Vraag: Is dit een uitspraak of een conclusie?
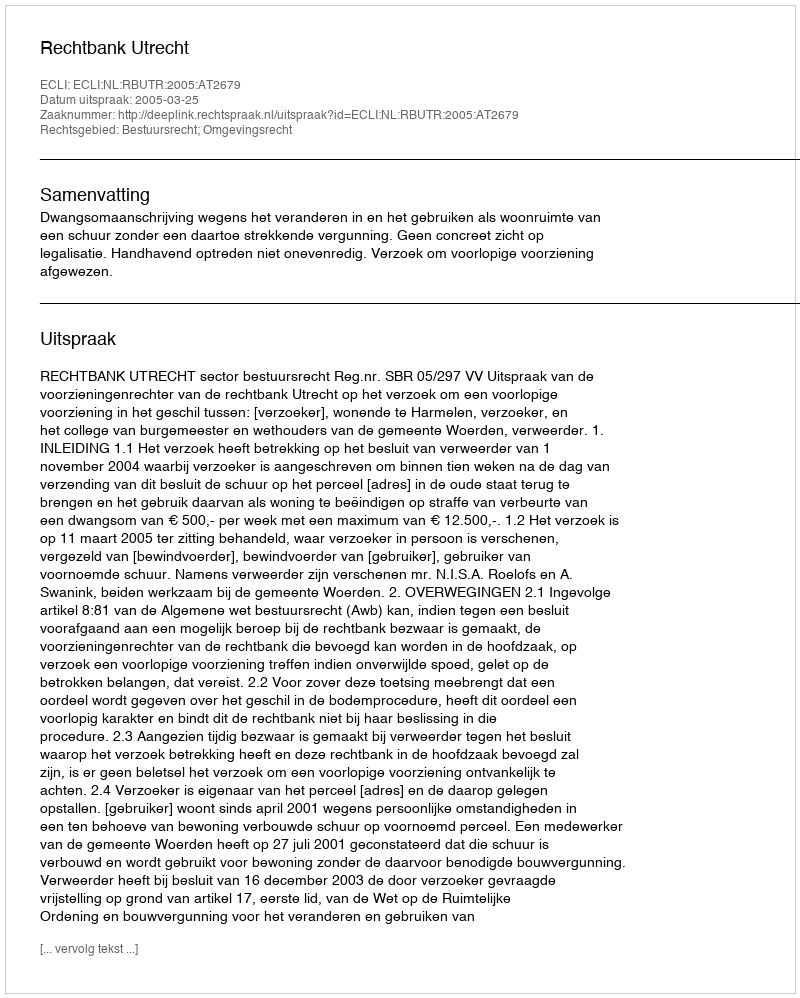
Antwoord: Uitspraak